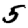
Digit: 5